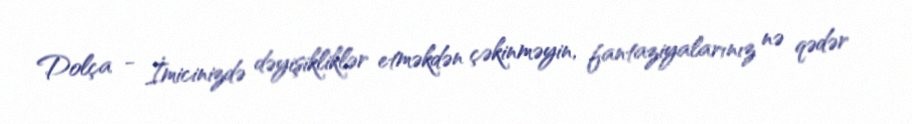
Dolça - İmicinizdə dəyişikliklər etməkdən çəkinməyin, fantaziyalarınız nə qədər